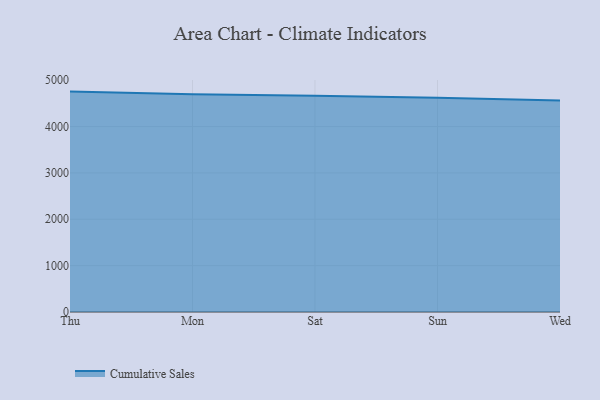
{"axis": {"x": "Day", "y": "Population (Million)"}, "legend": ["Cumulative Sales"], "data": [{"x": "Thu", "y": 4753.6, "type": "Cumulative Sales"}, {"x": "Mon", "y": 4694.1, "type": "Cumulative Sales"}, {"x": "Sat", "y": 4665.2, "type": "Cumulative Sales"}, {"x": "Sun", "y": 4622.8, "type": "Cumulative Sales"}, {"x": "Wed", "y": 4559.8, "type": "Cumulative Sales"}]}